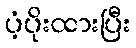
ပံ့ပိုးထားပြီး